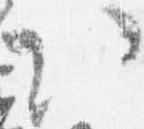
以